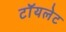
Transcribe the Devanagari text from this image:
टाॅयलेट